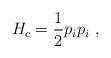
LaTeX: \begin{align*}H_c={1\over 2} p_i p_i \,\,,\end{align*}